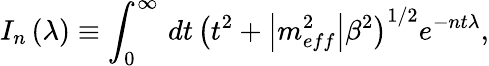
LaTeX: I_{n}\left(\lambda\right)\equiv\int_{0}^{\infty}\, dt\, \left(t^{2}+\left|m_{eff}^{2}\right|\beta^{2}\right)^{1/2}e^{-nt\lambda},